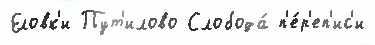
Еловк'и Пут'илово Слобода́ п'е́р'еп'ис'и